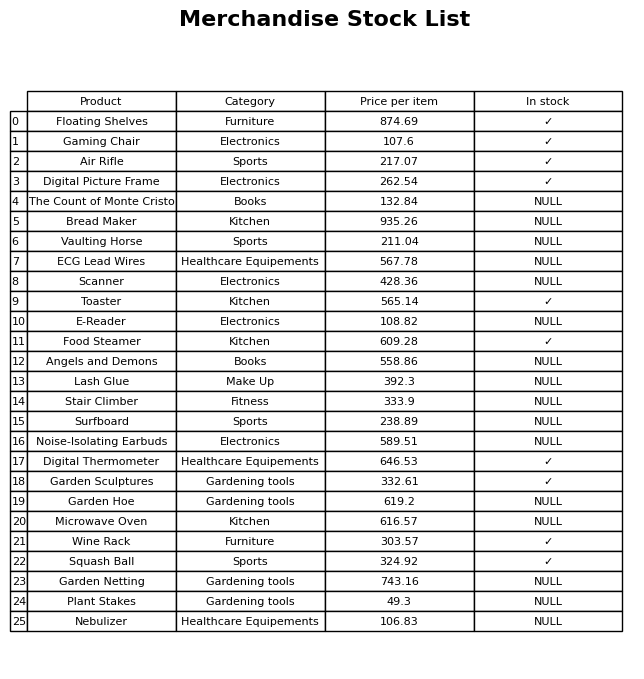
question: What is the price for Microwave Oven?
answer: The price of Microwave Oven is 616.57.